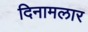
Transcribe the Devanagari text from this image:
दिनामलार